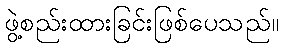
ဖွဲ့စည်းထားခြင်းဖြစ်ပေသည်။